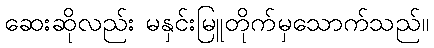
ဆေးဆိုလည်း မနှင်းမြူတိုက်မှသောက်သည်။